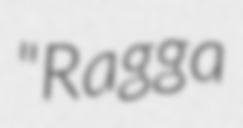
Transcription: "Ragga